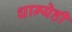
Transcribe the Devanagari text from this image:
धान्येही